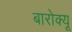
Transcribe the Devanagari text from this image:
बारोक्यू